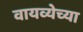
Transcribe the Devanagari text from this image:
वायव्येच्या